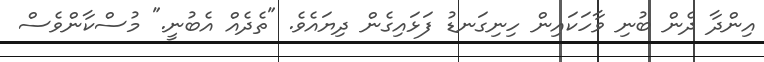
އިންދާ ދެން ބުނި ވާހަކައިން ހިނިގަނޑު ފަޅައިގެން ދިޔައެވެ. "ތެދެއް އެބުނީ." މުސްކާންވެސް